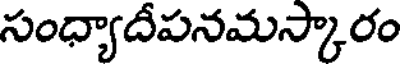
సంధ్యాదీపనమస్కారం